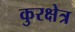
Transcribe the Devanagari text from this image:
कुरक्षेत्र